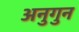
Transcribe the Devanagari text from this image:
अनुगुन